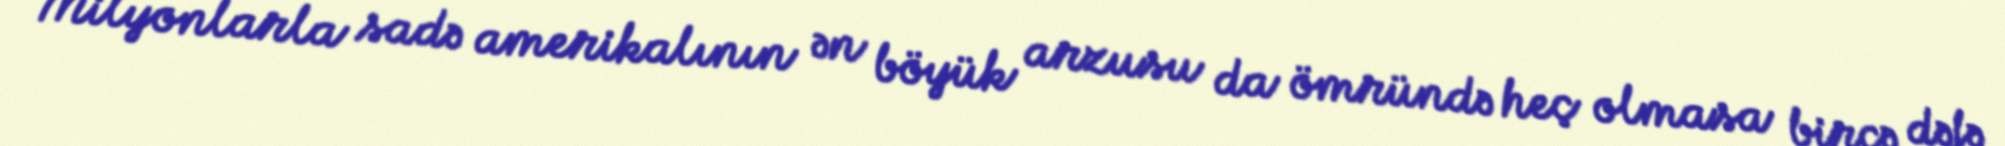
Milyonlarla sadə amerikalının ən böyük arzusu da ömründə heç olmasa bircə dəfə